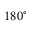
1 8 0 ^ { \circ }